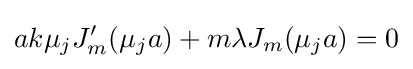
ak\mu _{j}J_{m}'(\mu _{j}a)+m\lambda J_{m}(\mu _{j}a)=0